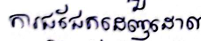
ការជជែកដេញដោល